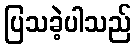
ပြသခဲ့ပါသည်